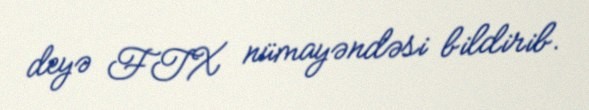
deyə FTX nümayəndəsi bildirib.